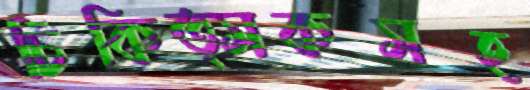
চিকিত্সকসহ